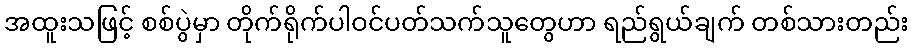
အထူးသဖြင့် စစ်ပွဲမှာ တိုက်ရိုက်ပါဝင်ပတ်သက်သူတွေဟာ ရည်ရွယ်ချက် တစ်သားတည်း